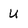
Character: U